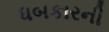
ધબકારની